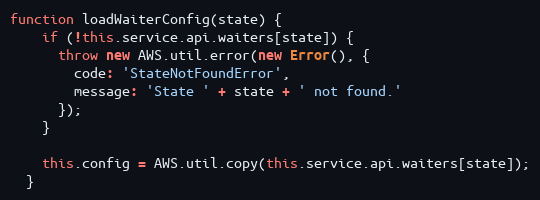
Language: JavaScript
function loadWaiterConfig(state) {
    if (!this.service.api.waiters[state]) {
      throw new AWS.util.error(new Error(), {
        code: 'StateNotFoundError',
        message: 'State ' + state + ' not found.'
      });
    }

    this.config = AWS.util.copy(this.service.api.waiters[state]);
  }